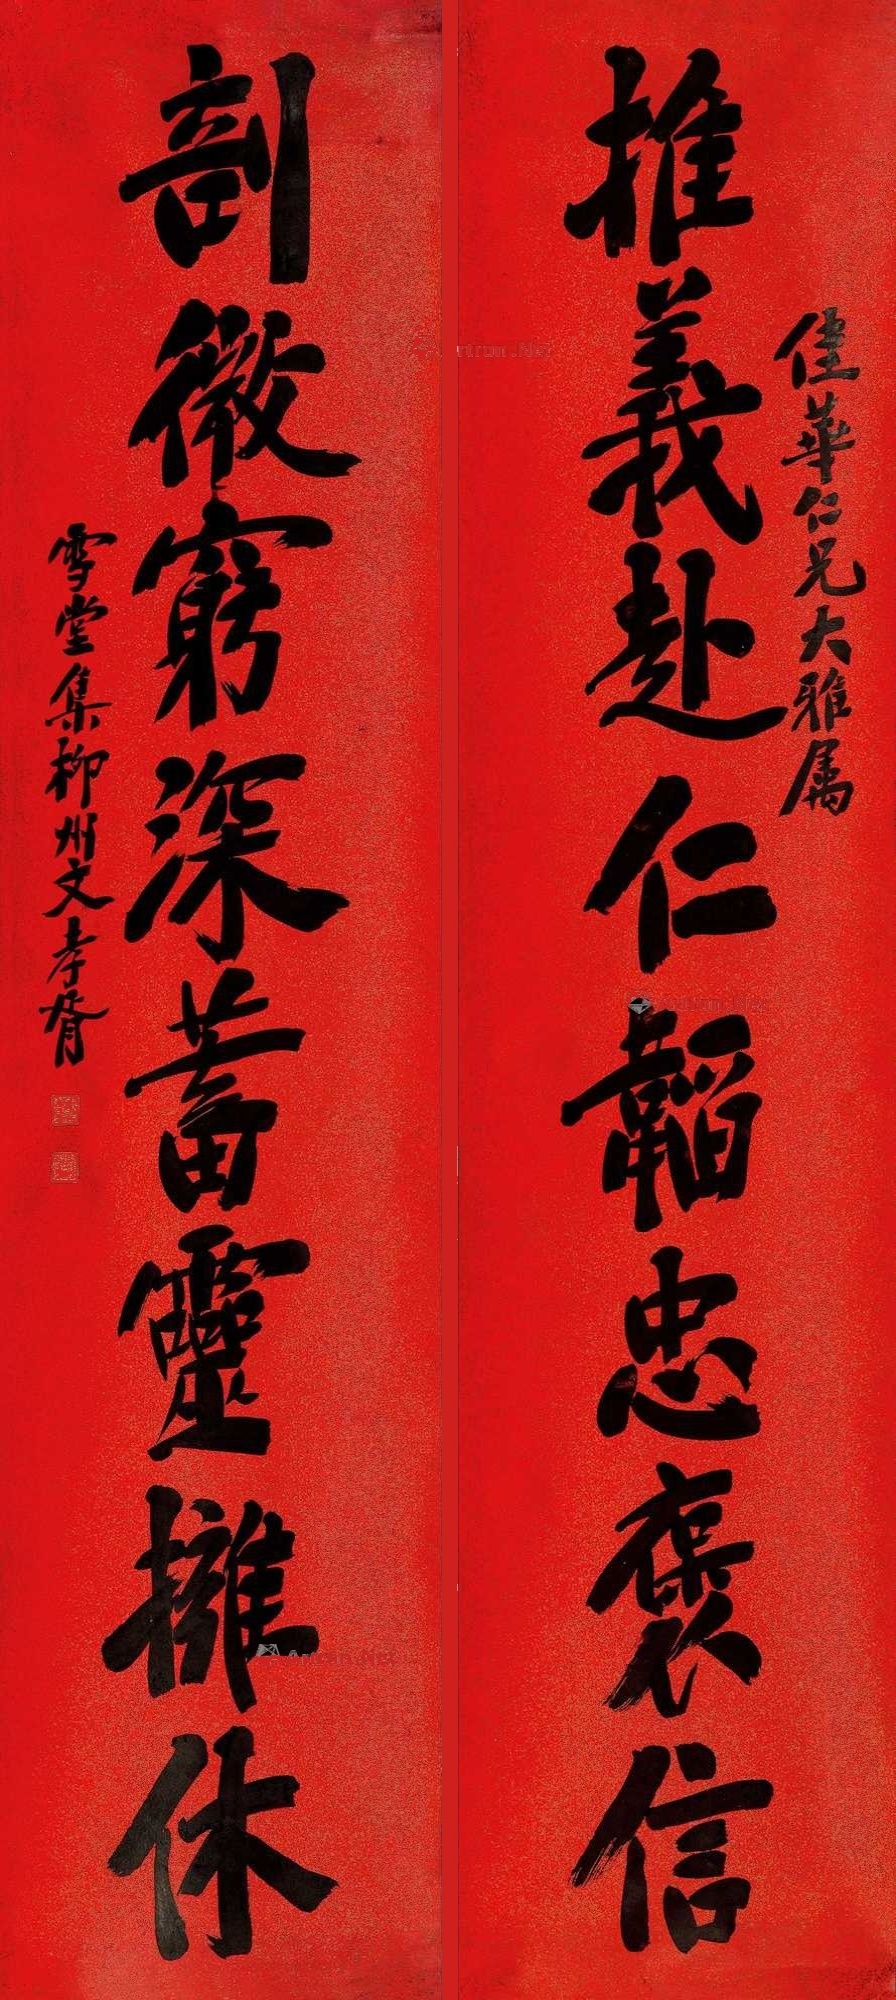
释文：推义赴仁韬忠褒信，剖微穷深蓄灵拥休。佳华仁兄大雅属，雪堂集柳州文，孝胥。